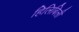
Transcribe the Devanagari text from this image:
हिलिबिली